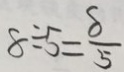
8 \div 5 = \frac { 8 } { 5 }